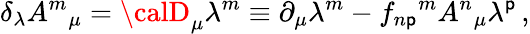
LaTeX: \delta_{\lambda}A^{m}{}_{\mu}={\calD}_{\mu}\lambda^{m}\equiv\partial_{\mu}\lambda^{m}-f_{n\mathsf{p}}{}^{m}A^{n}{}_{\mu}\lambda^{\mathsf{p}}\, ,